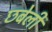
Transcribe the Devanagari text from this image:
छबेली